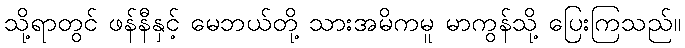
သို့ရာတွင် ဖန်နီနှင့် မေဘယ်တို့ သားအမိကမူ မာကွန်သို့ ပြေးကြသည်။